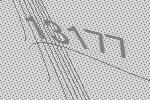
13177